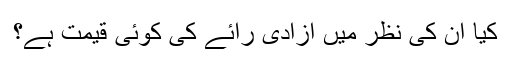
کیا ان کی نظر میں آزادیٔ رائے کی کوئی قیمت ہے؟